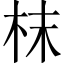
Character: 枺